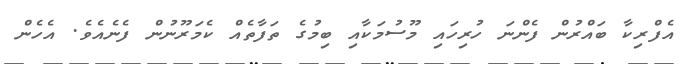
އެފްރިކާ ބައްރުން ފެންނަ ހުރިހައި މޫސުމަކާއި ބިމުގެ ތަފާތެއް ކެމަރޫނުން ފެނެއެވެ. އެހެން